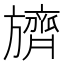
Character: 𬀛